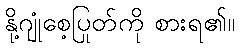
နို့ဂျုံစေ့ပြုတ်ကို စားရ၏။